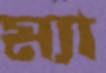
ম্যা